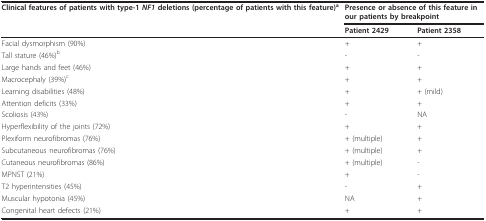
<table><thead><tr><td><b>Clinical features of patients with type-1 <i>NF1 </i>deletions (percentage of patients with this feature)<sup>a</sup></b></td><td colspan="2"><b>Presence or absence of this feature in our patients by breakpoint</b></td></tr><tr><td></td><td><b>Patient 2429</b></td><td><b>Patient 2358</b></td></tr></thead><tbody><tr><td>Facial dysmorphism (90%)</td><td>+</td><td>+</td></tr><tr><td>Tall stature (46%)<sup>b</sup></td><td>-</td><td>-</td></tr><tr><td>Large hands and feet (46%)</td><td>+</td><td>+</td></tr><tr><td>Macrocephaly (39%)<sup>c</sup></td><td>+</td><td>+</td></tr><tr><td>Learning disabilities (48%)</td><td>+</td><td>+ (mild)</td></tr><tr><td>Attention deficits (33%)</td><td>+</td><td>+</td></tr><tr><td>Scoliosis (43%)</td><td>-</td><td>NA</td></tr><tr><td>Hyperflexibility of the joints (72%)</td><td>+</td><td>+</td></tr><tr><td>Plexiform neurofibromas (76%)</td><td>+ (multiple)</td><td>+</td></tr><tr><td>Subcutaneous neurofibromas (76%)</td><td>+ (multiple)</td><td>+</td></tr><tr><td>Cutaneous neurofibromas (86%)</td><td>+ (multiple)</td><td>-</td></tr><tr><td>MPNST (21%)</td><td>+</td><td>-</td></tr><tr><td>T2 hyperintensities (45%)</td><td>-</td><td>+</td></tr><tr><td>Muscular hypotonia (45%)</td><td>NA</td><td>+</td></tr><tr><td>Congenital heart defects (21%)</td><td>+</td><td>+</td></tr></tbody></table>